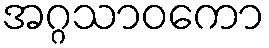
အဂ္ဂသာဝကော